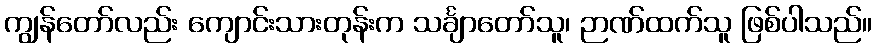
ကျွန်တော်လည်း ကျောင်းသားတုန်းက သင်္ချာတော်သူ၊ ဉာဏ်ထက်သူ ဖြစ်ပါသည်။